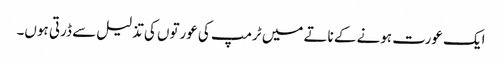
ایک عورت ہونے کے ناتے میں ٹرمپ کی عورتوں کی تذلیل سے ڈرتی ہوں۔